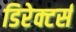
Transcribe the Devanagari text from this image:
डिरेक्टर्स